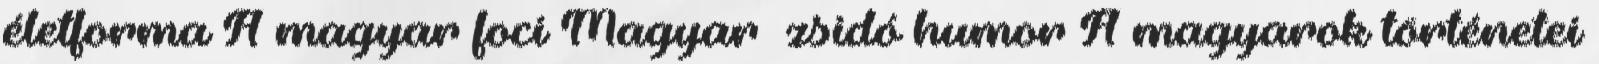
életforma A magyar foci Magyar zsidó humor A magyarok történetei